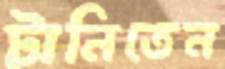
টানিতেন